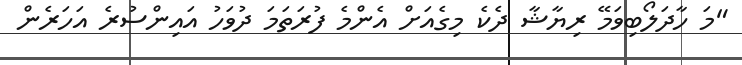
"މަ ހާދަލޯބިވަމޭ ރިޔާޝާ ދެކެ މިގެއަށް އެންމެ ފުރަތަމަ ދުވަހު އައިންސުރެ އަހަރެން